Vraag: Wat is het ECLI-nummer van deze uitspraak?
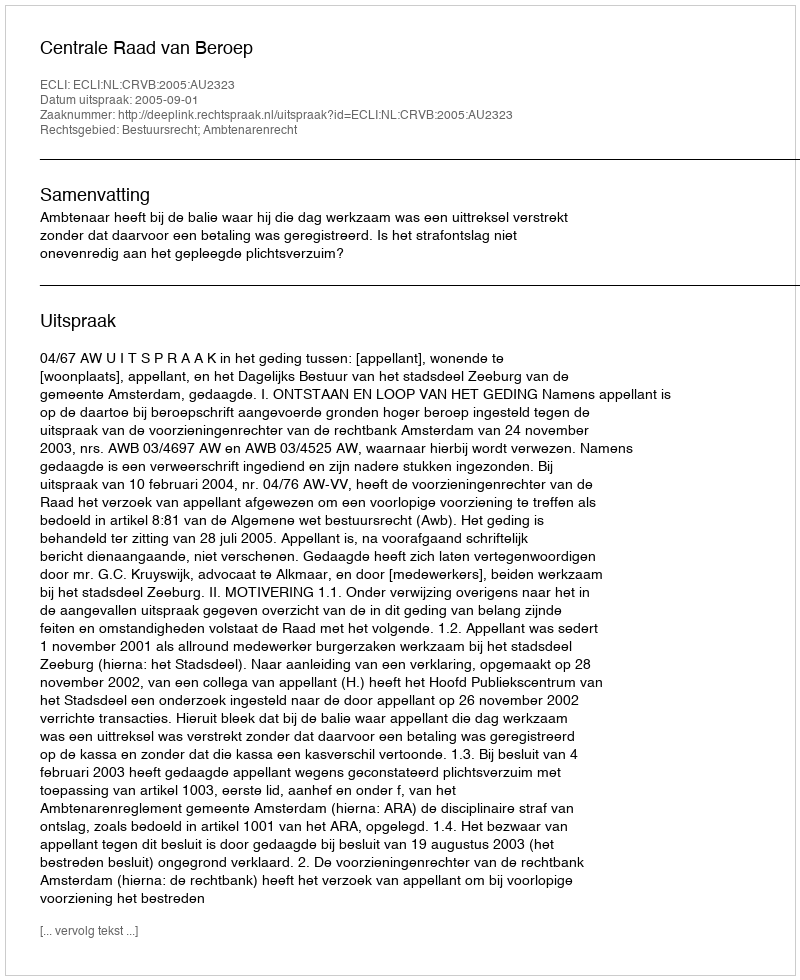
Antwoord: ECLI:NL:CRVB:2005:AU2323